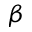
\beta